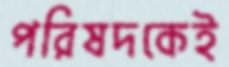
পরিষদকেই